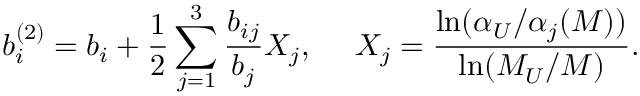
b _ { i } ^ { ( 2 ) } = b _ { i } + \frac 1 2 \sum _ { j = 1 } ^ { 3 } \frac { b _ { i j } } { b _ { j } } X _ { j } , ~ ~ ~ ~ X _ { j } = \frac { \ln ( \alpha _ { U } / \alpha _ { j } ( M ) ) } { \ln ( M _ { U } / M ) } .